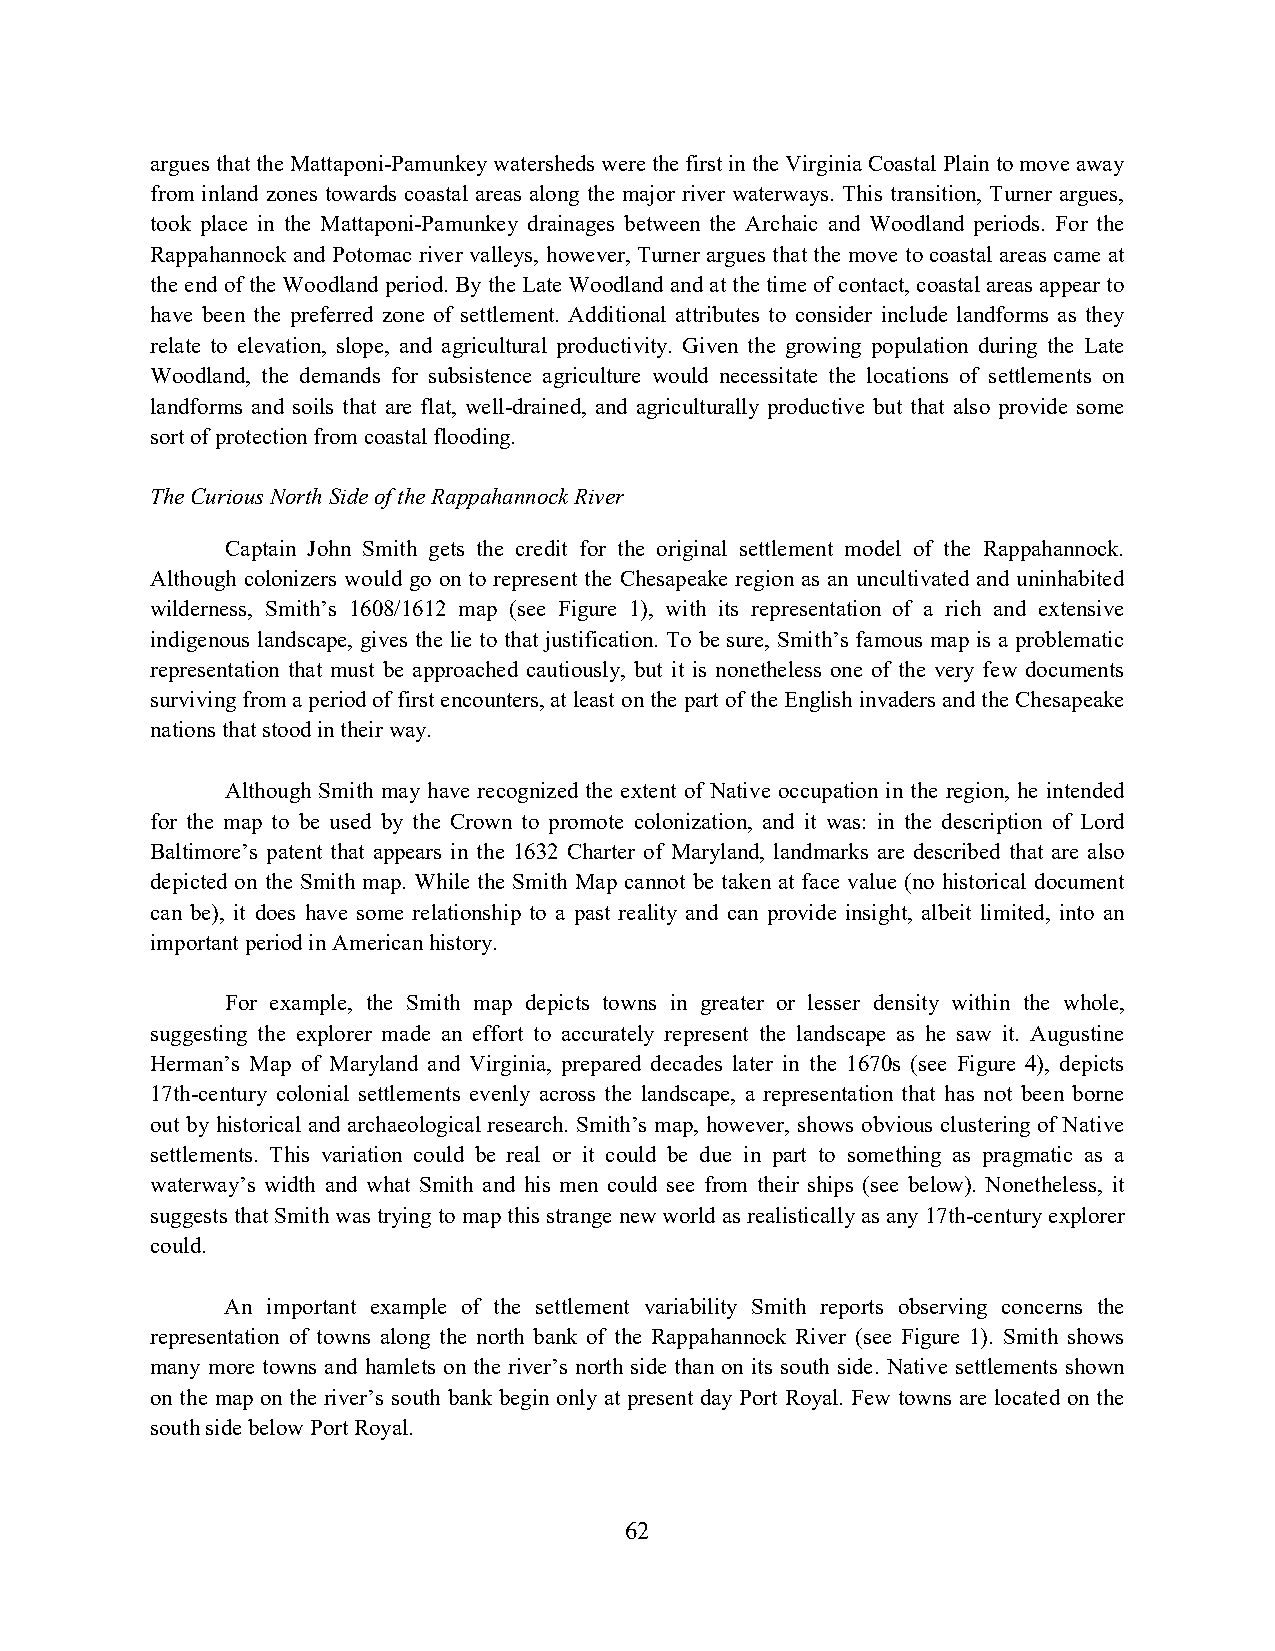
argues that the Mattaponi-Pamunkey watersheds were the first in the Virginia Coastal Plain to move away
 from inland zones towards coastal areas along the major river waterways. This transition, Turner argues,
 took place in the Mattaponi-Pamunkey drainages between the Archaic and Woodland periods. For the
 Rappahannock and Potomac river valleys, however, Turner argues that the move to coastal areas came at
 the end of the Woodland period. By the Late Woodland and at the time of contact, coastal areas appear to
 have been the preferred zone of settlement. Additional attributes to consider include landforms as they
 relate to elevation, slope, and agricultural productivity. Given the growing population during the Late
 Woodland, the demands for subsistence agriculture would necessitate the locations of settlements on
 landforms and soils that are flat, well-drained, and agriculturally productive but that also provide some
 sort of protection from coastal flooding.
 The Curious North Side of the Rappahannock River
 Captain John Smith gets the credit for the original settlement model of the Rappahannock.
 Although colonizers would go on to represent the Chesapeake region as an uncultivated and uninhabited
 wilderness, Smith’s 1608/1612 map (see Figure 1), with its representation of a rich and extensive
 indigenous landscape, gives the lie to that justification. To be sure, Smith’s famous map is a problematic
 representation that must be approached cautiously, but it is nonetheless one of the very few documents
 surviving from a period of first encounters, at least on the part of the English invaders and the Chesapeake
 nations that stood in their way.
 Although Smith may have recognized the extent of Native occupation in the region, he intended
 for the map to be used by the Crown to promote colonization, and it was: in the description of Lord
 Baltimore’s patent that appears in the 1632 Charter of Maryland, landmarks are described that are also
 depicted on the Smith map. While the Smith Map cannot be taken at face value (no historical document
 can be), it does have some relationship to a past reality and can provide insight, albeit limited, into an
 important period in American history.
 For example, the Smith map depicts towns in greater or lesser density within the whole,
 suggesting the explorer made an effort to accurately represent the landscape as he saw it. Augustine
 Herman’s Map of Maryland and Virginia, prepared decades later in the 1670s (see Figure 4), depicts
 17th-century colonial settlements evenly across the landscape, a representation that has not been borne
 out by historical and archaeological research. Smith’s map, however, shows obvious clustering of Native
 settlements. This variation could be real or it could be due in part to something as pragmatic as a
 waterway’s width and what Smith and his men could see from their ships (see below). Nonetheless, it
 suggests that Smith was trying to map this strange new world as realistically as any 17th-century explorer
 could.
 An important example of the settlement variability Smith reports observing concerns the
 representation of towns along the north bank of the Rappahannock River (see Figure 1). Smith shows
 many more towns and hamlets on the river’s north side than on its south side. Native settlements shown
 on the map on the river’s south bank begin only at present day Port Royal. Few towns are located on the
 south side below Port Royal.
 62